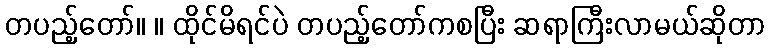
တပည့်တော်။ ။ ထိုင်မိရင်ပဲ တပည့်တော်ကစပြီး ဆရာကြီးလာမယ်ဆိုတာ